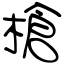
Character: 槍